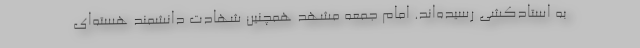
به استادکشی رسیده‌اند. امام جمعه مشهد همچنین شهادت دانشمند هسته‌ای